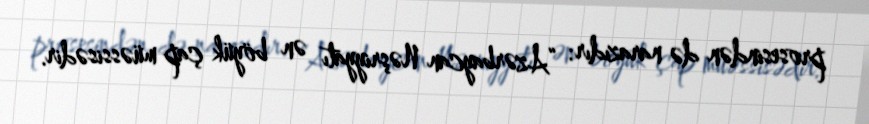
prosesindən də narazıdır: “Azərbaycan Nəşriyyatı ən böyük çap müəssisədir.